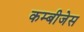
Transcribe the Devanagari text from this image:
कम्बीजेस